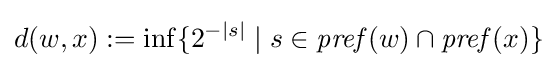
d(w,x):=\inf\{2^{-|s|}\mid s\in {\mathit {pref}}(w)\cap {\mathit {pref}}(x)\}